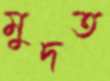
মুদত